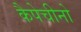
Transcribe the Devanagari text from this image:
कैपेचीनो